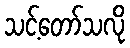
သင့်တော်သလို